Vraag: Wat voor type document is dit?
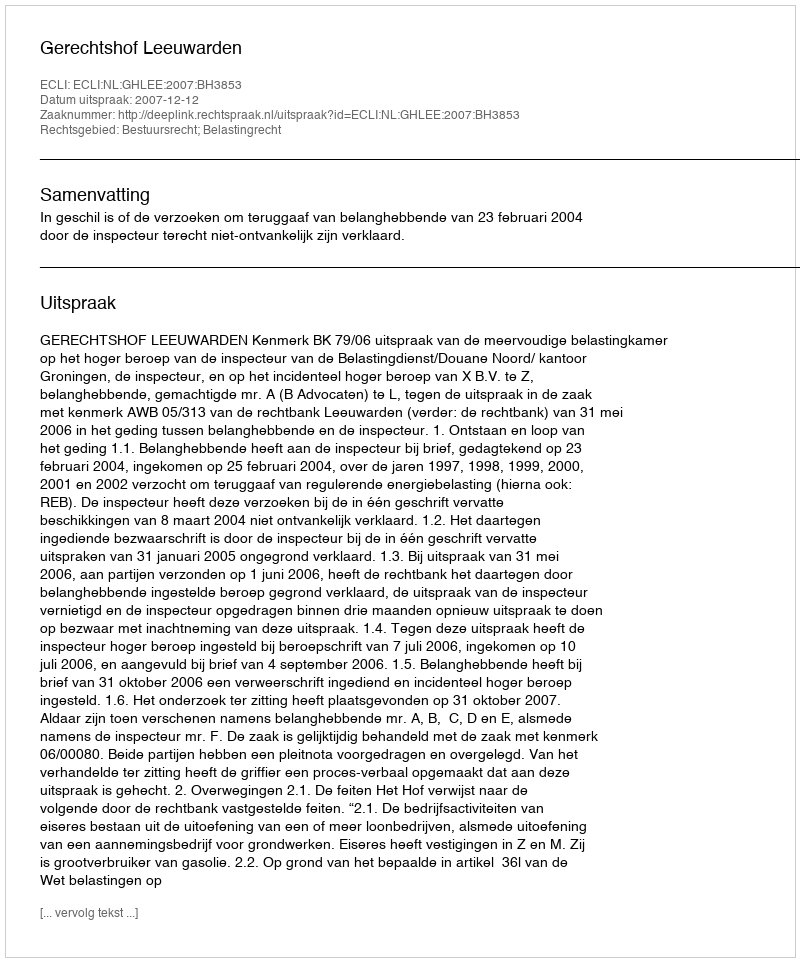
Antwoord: Uitspraak